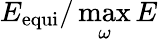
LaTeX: E_{\mathrm{equi}}/\operatorname*{max}_{\omega}E